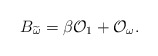
\begin{align*}B_{\widetilde{\omega}}=\beta {\cal O}_1+{\cal O}_{\omega}.\end{align*}